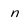
Character: n